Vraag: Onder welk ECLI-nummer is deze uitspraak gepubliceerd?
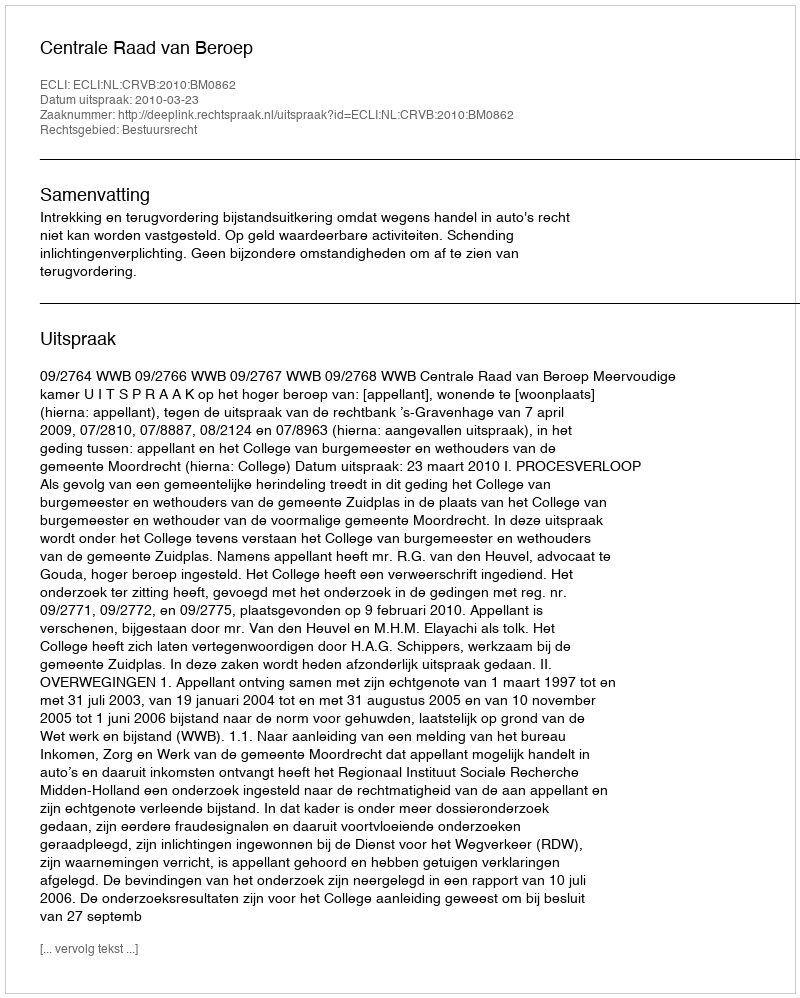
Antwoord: ECLI:NL:CRVB:2010:BM0862